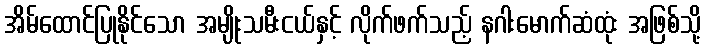
အိမ်ထောင်ပြုနိုင်သော အမျိုးသမီးငယ်နှင့် လိုက်ဖက်သည့် နဂါးမောက်ဆံထုံး အဖြစ်သို့